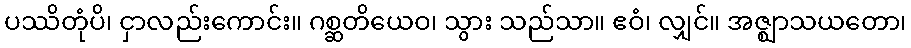
ပဿိတုံပိ၊ ငှာလည်းကောင်း။ ဂစ္ဆတိယေဝ၊ သွား သည်သာ။ ဧဝံ၊ လျှင်။ အဇ္ဈာသယတော၊